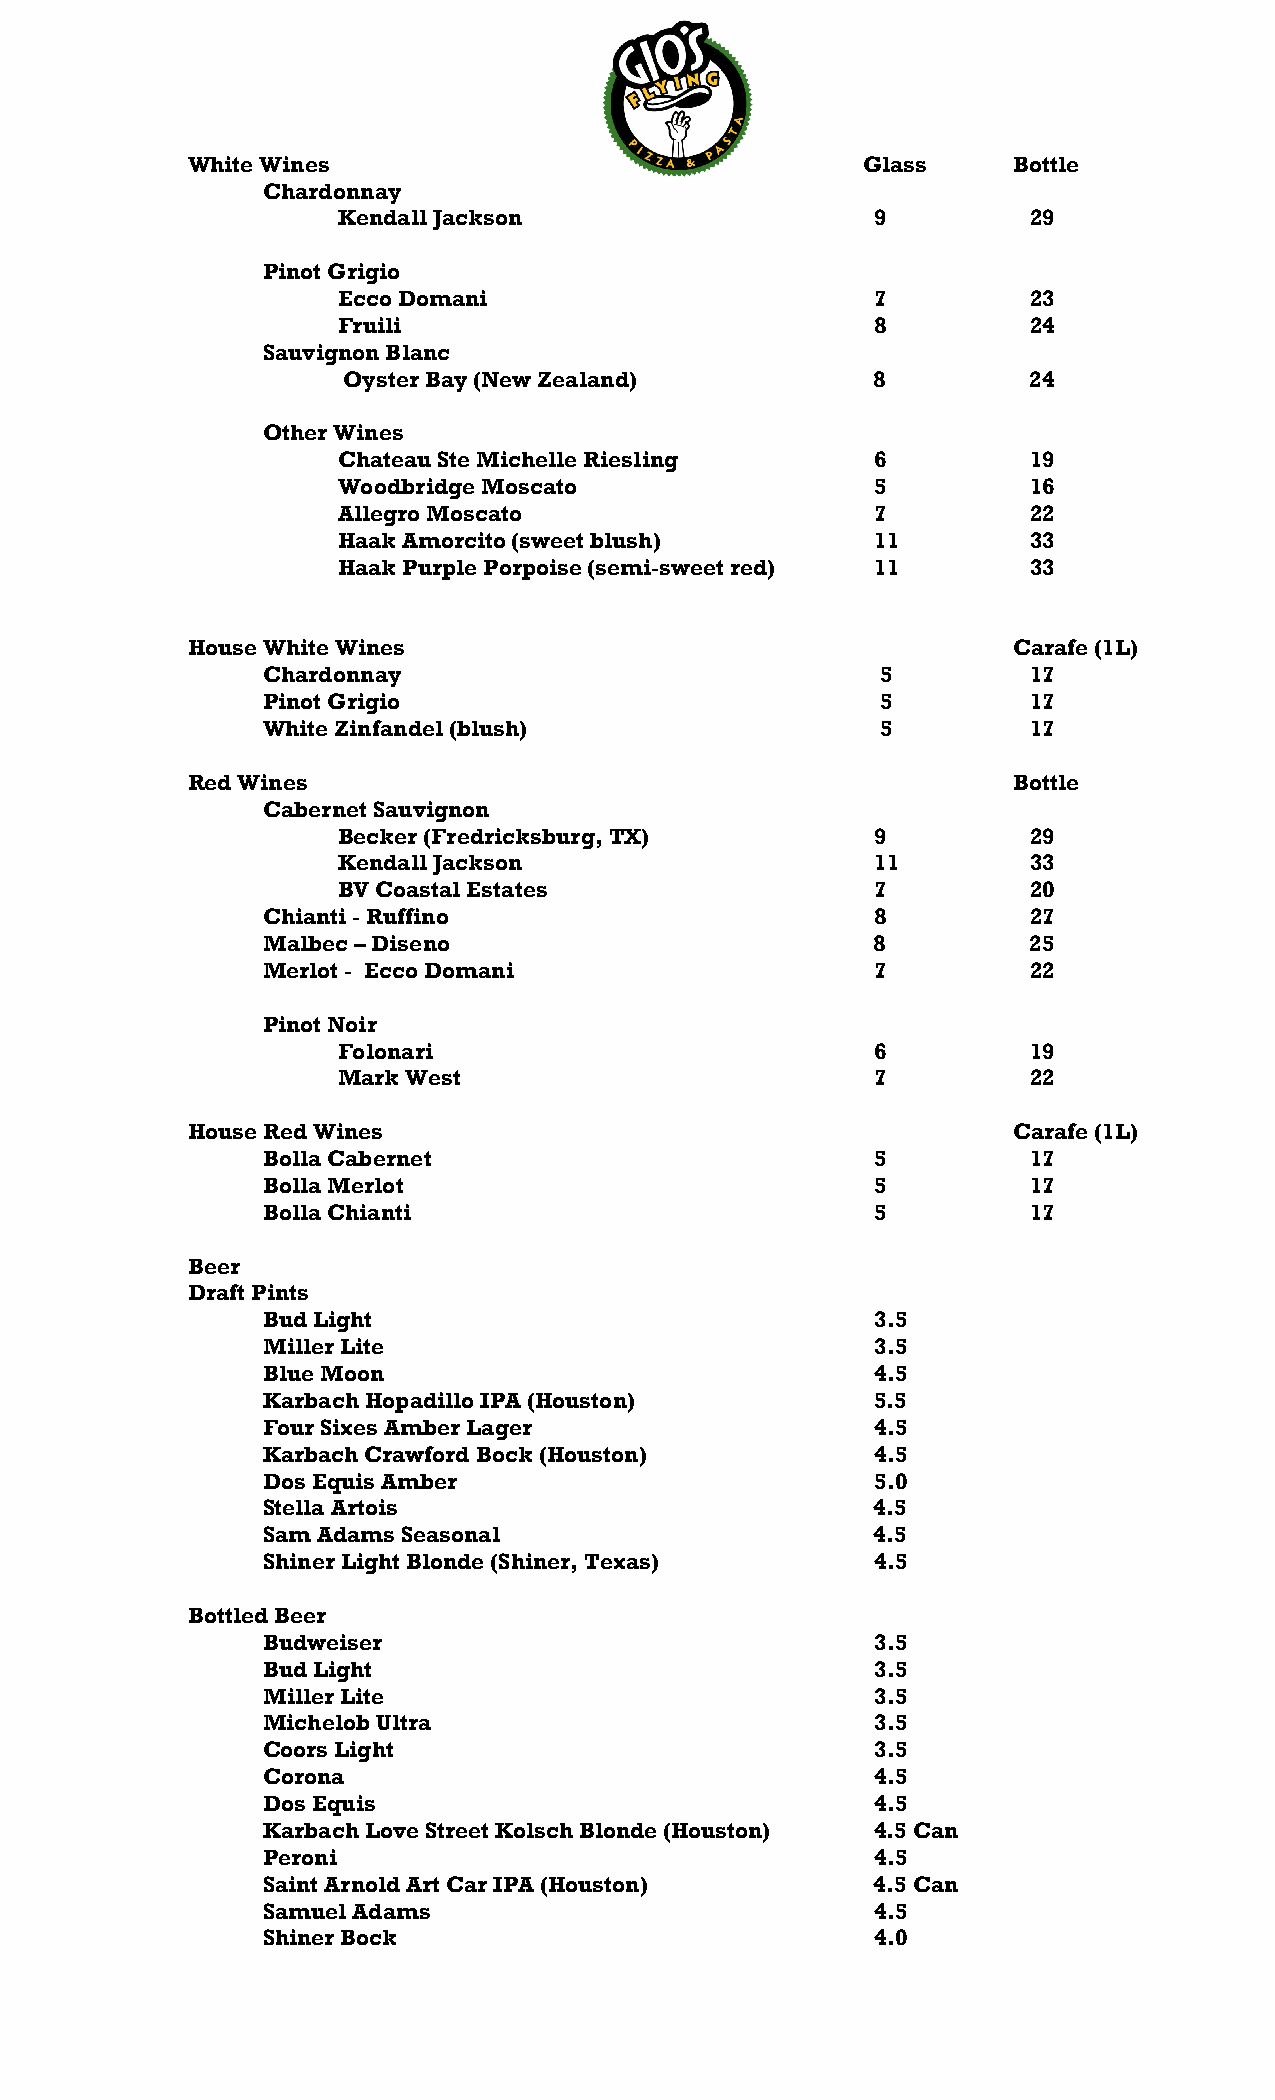
White Wines                                  Glass     Bottle
 Chardonnay
 Kendall Jackson                     9         29
 Pinot Grigio
 Ecco Domani                         7         23
 Fruili                              8         24
 Sauvignon Blanc
 Oyster Bay (New Zealand)           8         24
 Other Wines
 Chateau Ste Michelle Riesling       6         19
 Woodbridge Moscato                  5         16
 Allegro Moscato                     7         22
 Haak Amorcito (sweet blush)         11        33
 Haak Purple Porpoise (semi-sweet red) 11      33
 House White Wines                                      Carafe (1L)
 Chardonnay                               5         17
 Pinot Grigio                             5         17
 White Zinfandel (blush)                  5         17
 Red Wines                                              Bottle
 Cabernet Sauvignon
 Becker (Fredricksburg, TX)          9         29
 Kendall Jackson                     11        33
 BV Coastal Estates                  7         20
 Chianti - Ruffino                        8         27
 Malbec – Diseno                          8         25
 Merlot - Ecco Domani                     7         22
 Pinot Noir
 Folonari                            6         19
 Mark West                           7         22
 House Red Wines                                        Carafe (1L)
 Bolla Cabernet                           5         17
 Bolla Merlot                             5         17
 Bolla Chianti                            5         17
 Beer
 Draft Pints
 Bud Light                                3.5
 Miller Lite                              3.5
 Blue Moon                                4.5
 Karbach Hopadillo IPA (Houston)          5.5
 Four Sixes Amber Lager                   4.5
 Karbach Crawford Bock (Houston)          4.5
 Dos Equis Amber                          5.0
 Stella Artois                            4.5
 Sam Adams Seasonal                       4.5
 Shiner Light Blonde (Shiner, Texas)      4.5
 Bottled Beer
 Budweiser                                3.5
 Bud Light                                3.5
 Miller Lite                              3.5
 Michelob Ultra                           3.5
 Coors Light                              3.5
 Corona                                   4.5
 Dos Equis                                4.5
 Karbach Love Street Kolsch Blonde (Houston) 4.5 Can
 Peroni                                   4.5
 Saint Arnold Art Car IPA (Houston)       4.5 Can
 Samuel Adams                             4.5
 Shiner Bock                              4.0